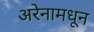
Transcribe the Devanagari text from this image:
अरेनामधून